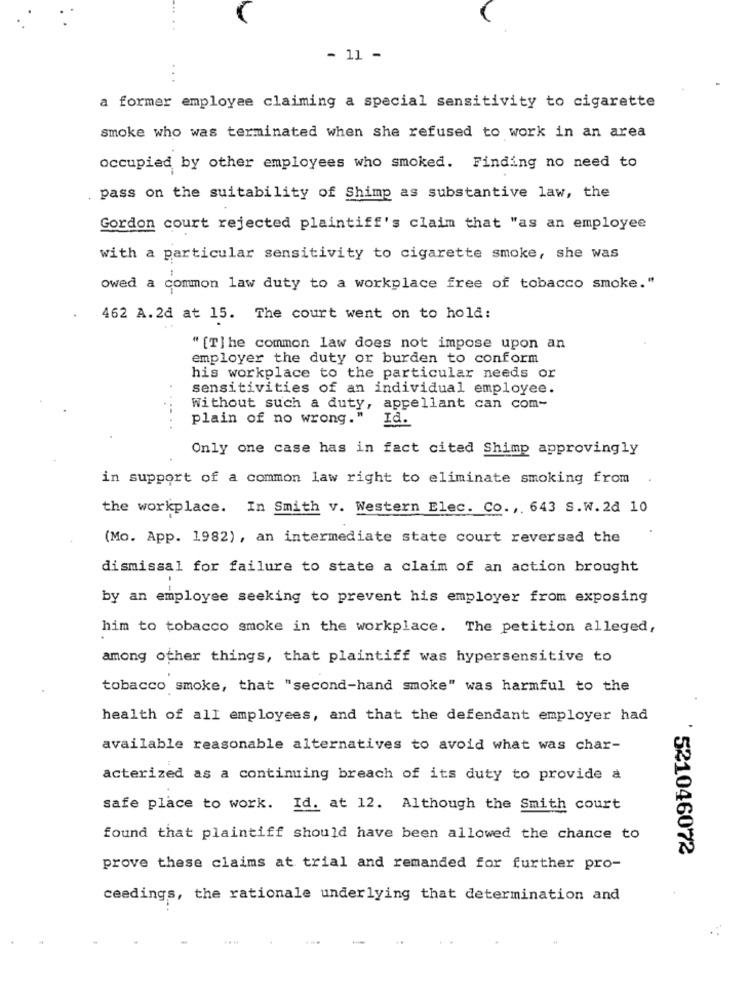
- 11 -
...
a former employee claiming a special sensitivity to cigarette
smoke who was terminated when she refused to work in an area
occupied by other employees who smoked. Finding no need to
. pass on the suitability of Shimp as substantive law, the
Gordon court rejected plaintiff's claim that "as an employee
with a particular sensitivity to cigarette smoke, she was
owed a common law duty to a workplace free of tobacco smoke."
462 A.2d at 15. The court went on to hold:
" [T] he common law does not impose upon an
employer the duty or burden to conform
his workplace to the particular needs or
sensitivities of an individual employee.
Without such a duty, appellant can com-
. ..
plain of no wrong."
Id.
Only one case has in fact cited Shimp approvingly
in support of a common law right to eliminate smoking from
the workplace. In Smith v. Western Elec. Co .,. 643 S.w. 24 10
(Mo. App. 1982), an intermediate state court reversed the
dismissal for failure to state a claim of an action brought
by an employee seeking to prevent his employer from exposing
him to tobacco smoke in the workplace. The petition alleged,
among other things, that plaintiff was hypersensitive to
tobacco smoke, that "second-hand smoke" was harmful to the
health of all employees, and that the defendant employer had
available reasonable alternatives to avoid what was char-
acterized as a continuing breach of its duty to provide a
safe place to work. Id. at 12. Although the Smith court
found that plaintiff should have been allowed the chance to
'521046072
prove these claims at trial and remanded for further pro-
ceedings, the rationale underlying that determination and